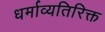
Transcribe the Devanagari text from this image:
धर्माव्यतिरिक्त